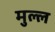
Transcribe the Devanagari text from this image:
मुल्ल